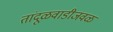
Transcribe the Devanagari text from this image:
तांदूळवाडीजवळ